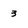
Character: 3